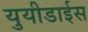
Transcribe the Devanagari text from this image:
युयीडाईस